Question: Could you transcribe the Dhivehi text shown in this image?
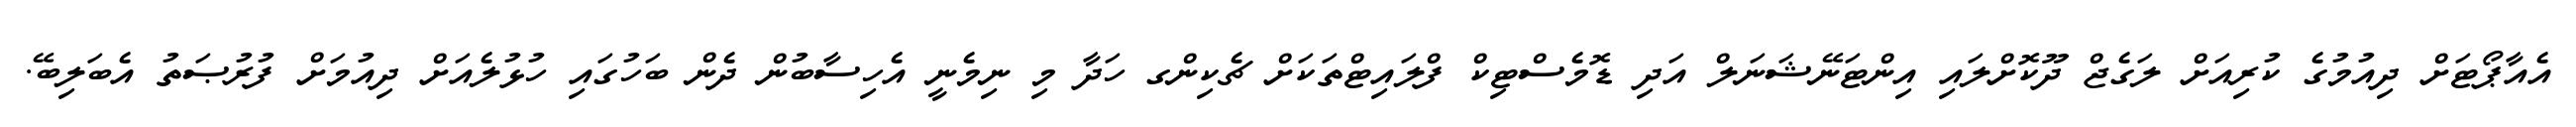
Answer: އެއާޕޯޓަށް ދިއުމުގެ ކުރިއަށް ލަގެޖް ދޫކޮށްލައި އިންޓަނޭޝަނަލް އަދި ޑޮމެސްޓިކް ފްލައިޓްތަކަށް ޗެކިންގ ހަދާ މި ނިމެނީ އެހިސާބުން ދެން ބަހުގައި ހުޅުލެއަށް ދިއުމަށް ފުރުޞަތު އެބަލިބޭ.